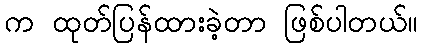
က ထုတ်ပြန်ထားခဲ့တာ ဖြစ်ပါတယ်။